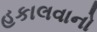
હકાલવાનો